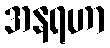
အနရဟာ